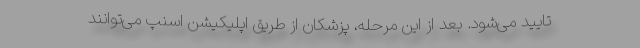
تایید می‌شود. بعد از این مرحله، پزشکان از طریق اپلیکیشن اسنپ می‌توانند